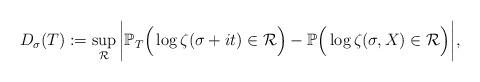
LaTeX: \begin{align*}D_{\sigma}(T):=\sup_{\mathcal R} \bigg|\mathbb{P}_{T} \Big (\log \zeta(\sigma + it) \in \mathcal{R} \Big ) - \mathbb P\Big( \log \zeta(\sigma, X) \in \mathcal R \Big) \bigg|,\end{align*}